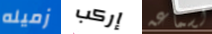
زميله إركب لسماعه